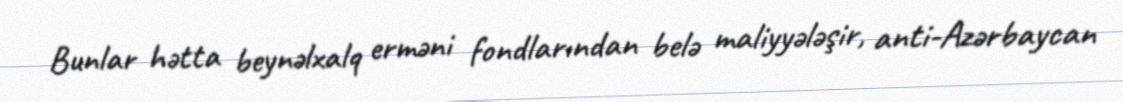
Bunlar hətta beynəlxalq erməni fondlarından belə maliyyələşir, anti-Azərbaycan